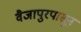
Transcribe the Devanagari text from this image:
वैजापुरपासून